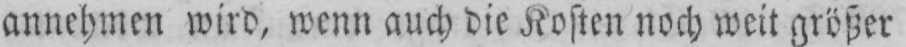
annehmen wird, wenn auch die Kosten noch weit größer